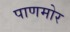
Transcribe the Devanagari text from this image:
पाणमोर